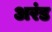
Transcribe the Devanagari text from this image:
अरंड